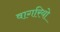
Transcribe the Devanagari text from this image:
वागरियो